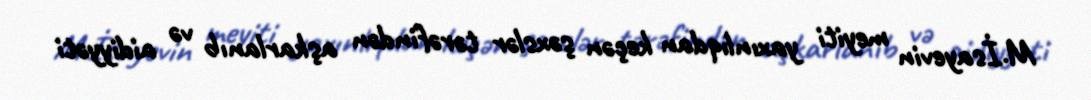
M.İsayevin meyiti yaxınlıqdan keçən şəxslər tərəfindən aşkarlanıb və aidiyyəti